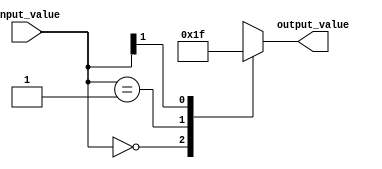
module casez_statement (
    input [1:0] input_value,
    output reg [3:0] output_value
);

always @*
begin
    casez(input_value)
        2'b00: output_value = 4'b0000;
        2'b01: output_value = 4'b0001;
        2'b1?: output_value = 4'b1111; // wildcard don't-care condition
    endcase
end

endmodule